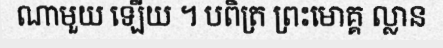
ណាមួយ ឡើយ ។ បពិត្រ ព្រះមោគ្គ ល្លាន